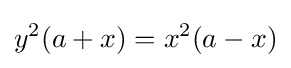
y^{2}(a+x)=x^{2}(a-x)